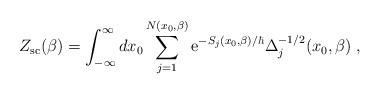
LaTeX: \begin{align*}Z_{\rm sc}(\beta)=\int_{-\infty}^{\infty}dx_0\sum_{j=1}^{N(x_0,\beta)}{\rm e}^{-S_j(x_0,\beta)/\hbar}\Delta_j^{-1/2}(x_0,\beta)\;,\end{align*}